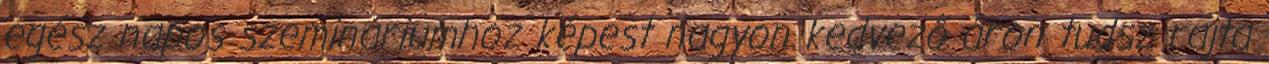
egész napos szemináriumhoz képest nagyon kedvező áron tudsz rajta